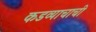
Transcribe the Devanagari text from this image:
कडव्याचाची